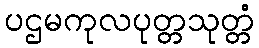
ပဌမကုလပုတ္တသုတ္တံ